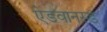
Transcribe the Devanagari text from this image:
ऐडवानस्ड